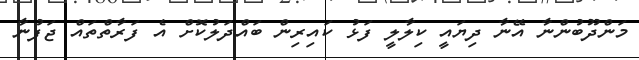
މަންދޫބުންނާ އޭނާ ދިޔައީ ކިލާލީ ފަޅު ކައިރިން ބައްދަލުކޮށް އެ ފަރާތްތައް ޖަފުނާ